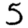
Digit: 5